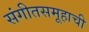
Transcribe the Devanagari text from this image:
संगीतसमूहाची